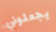
يجعلوني